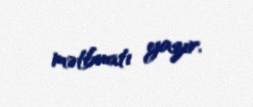
mətbuatı yazır.